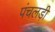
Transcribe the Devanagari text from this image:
पंचलड़ी